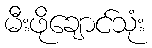
မီးဖိုချောင်သုံး